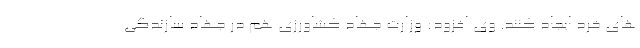
های خرد ایجاد کنند. وی افزود: وزارت جهاد کشاورزی هم در جهاد سازندگی